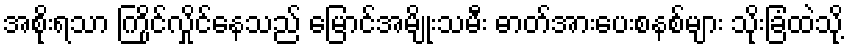
အစိုးရသာ ကြိုင်လှိုင်နေသည် မြောင်အမျိုးသမီး ဓာတ်အားပေးစနစ်များ သိုးခြံထဲသို့